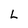
Character: L